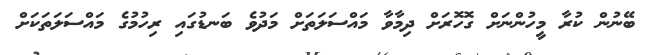
ބޭނުން ކުރާ މީހުންނަށް ގޮހޮރަށް ދިމާވާ މައްސަލަތަށް މަދުވެ ބަނޑުގައި ރިހުމުގެ މައްސަލަތަކަށް